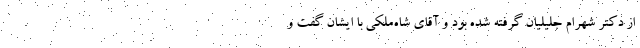
از دکتر شهرام جلیلیان گرفته شده بود و آقای شاه‌ملکی با ایشان گفت و